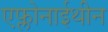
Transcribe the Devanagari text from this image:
एफ्लोनाईथीन